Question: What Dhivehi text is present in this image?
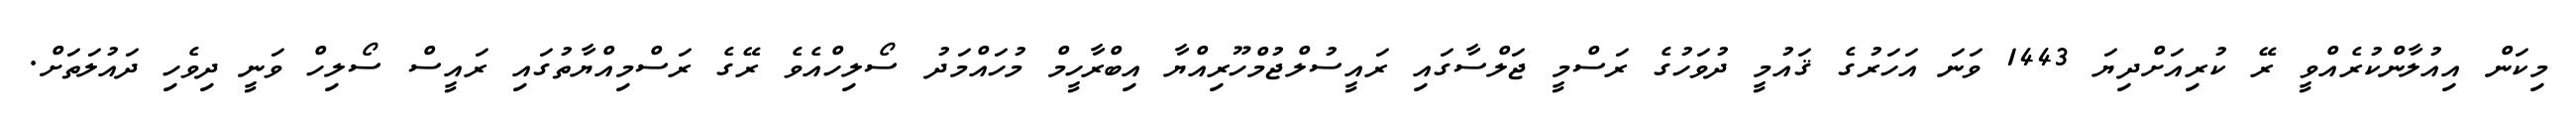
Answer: މިކަން އިއުލާންކުރެއްވީ ރޭ ކުރިއަށްދިޔަ 1443 ވަނަ އަހަރުގެ ޤައުމީ ދުވަހުގެ ރަސްމީ ޖަލްސާގައި ރައީސުލްޖުމްހޫރިއްޔާ އިބްރާހީމް މުހައްމަދު ސޯލިހްއެވެ ރޭގެ ރަސްމިއްޔާތުގައި ރައީސް ސޯލިހް ވަނީ ދިވެހި ދައުލަތަށް.